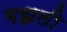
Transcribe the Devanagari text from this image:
गझली